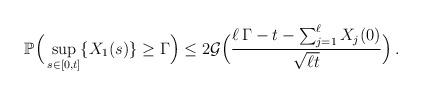
LaTeX: \begin{align*} \mathbb P\Big( \sup_{s \in [0,t]} \{X_1(s)\} \ge \Gamma \Big) \le 2 \mathcal G\Big(\frac{\ell \, \Gamma - t - \sum_{j=1}^{\ell} X_j(0)}{\sqrt{\ell t}}\Big) \,. \end{align*}